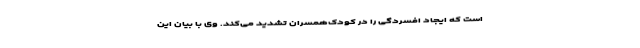
است که ایجاد افسردگی را در کودک‌همسران تشدید می‌کند. وی با بیان این